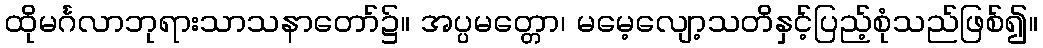
ထိုမင်္ဂလာဘုရားသာသနာတော်၌။ အပ္ပမတ္တော၊ မမေ့လျော့သတိနှင့်ပြည့်စုံသည်ဖြစ်၍။